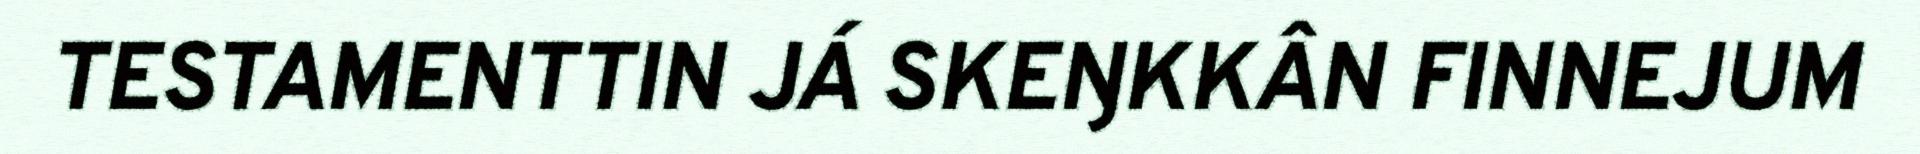
TESTAMENTTIN JÁ SKEŊKKÂN FINNEJUM